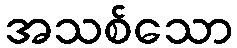
အသစ်သော